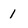
Character: 1